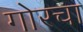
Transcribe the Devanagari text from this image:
गोरचा